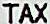
TAX